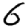
Digit: 6